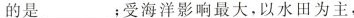
的是___；受海洋影响最大，以水田为主，